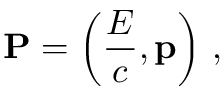
\mathbf { P } = \left( { \frac { E } { c } } , \mathbf { p } \right) \, ,